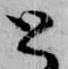
と